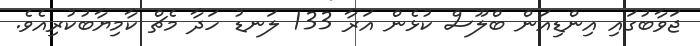
ޖަވާބުގައި އިންޑިއަން ބްލޫސް ކުޅެން އަރާ 133 ލަނޑު ހަދާ މެޗް ކާމިޔާބުކުރިއެވެ.